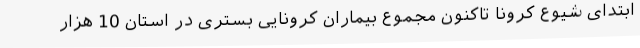
ابتدای شیوع کرونا تاکنون مجموع بیماران کرونایی بستری در استان 10 هزار